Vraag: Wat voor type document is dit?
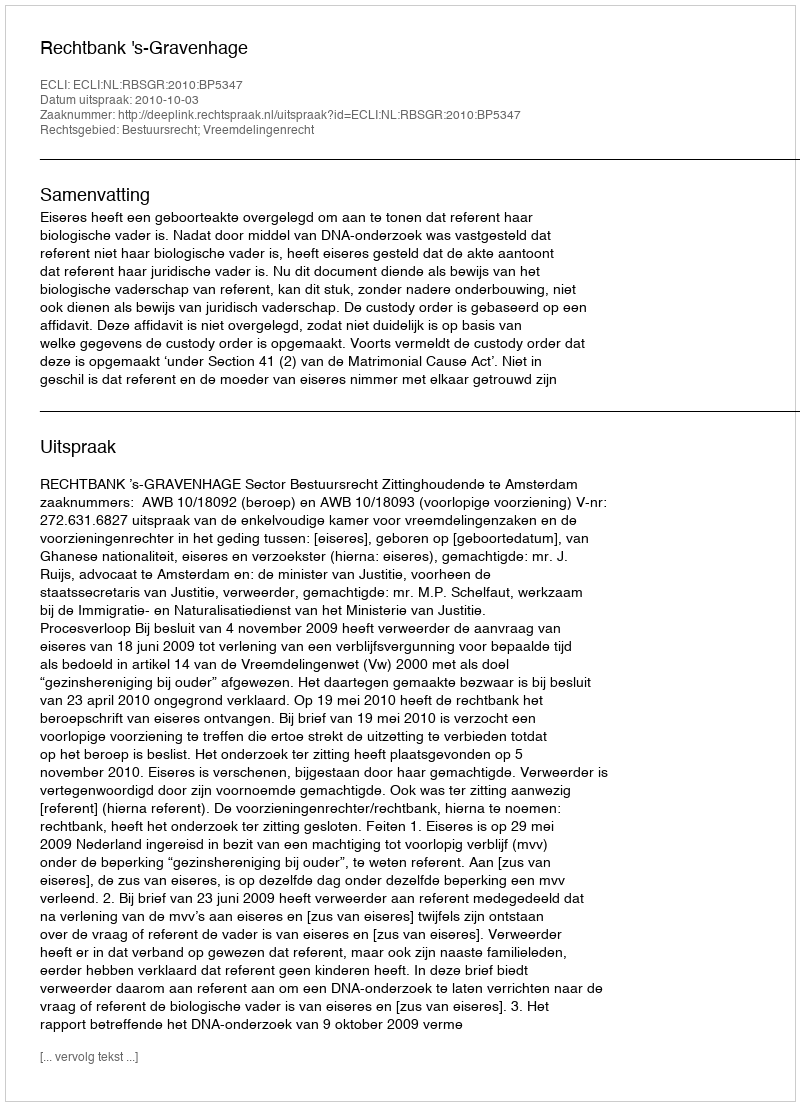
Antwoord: Uitspraak